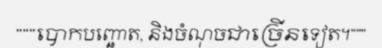
"""បោកបញ្ឆោត, និងចំណុចជាច្រើនទៀត។"""